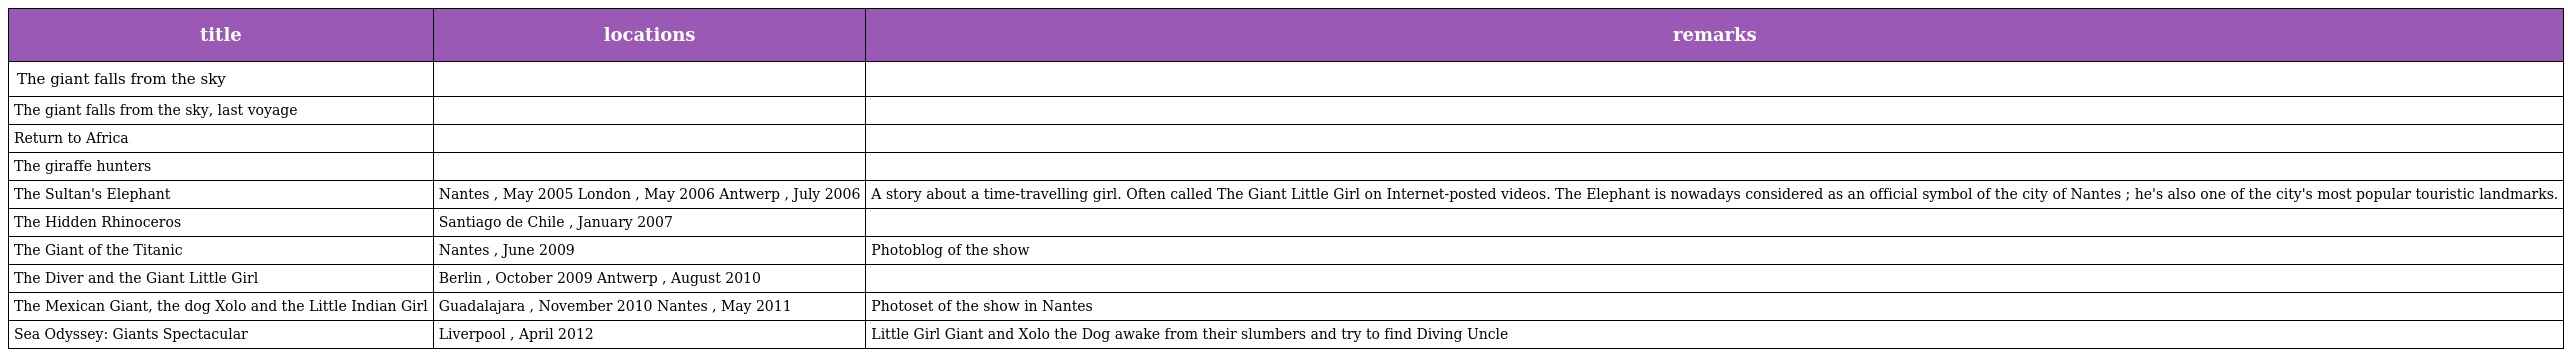
| title | locations | remarks |
 | --- | --- | --- |
 | The giant falls from the sky |  |  |
 | The giant falls from the sky, last voyage |  |  |
 | Return to Africa |  |  |
 | The giraffe hunters |  |  |
 | The Sultan's Elephant | Nantes , May 2005 London , May 2006 Antwerp , July 2006 | A story about a time-travelling girl. Often called The Giant Little Girl on Internet-posted videos. The Elephant is nowadays considered as an official symbol of the city of Nantes ; he's also one of the city's most popular touristic landmarks. |
 | The Hidden Rhinoceros | Santiago de Chile , January 2007 |  |
 | The Giant of the Titanic | Nantes , June 2009 | Photoblog of the show |
 | The Diver and the Giant Little Girl | Berlin , October 2009 Antwerp , August 2010 |  |
 | The Mexican Giant, the dog Xolo and the Little Indian Girl | Guadalajara , November 2010 Nantes , May 2011 | Photoset of the show in Nantes |
 | Sea Odyssey: Giants Spectacular | Liverpool , April 2012 | Little Girl Giant and Xolo the Dog awake from their slumbers and try to find Diving Uncle |